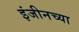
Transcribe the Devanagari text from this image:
इंजीनच्या